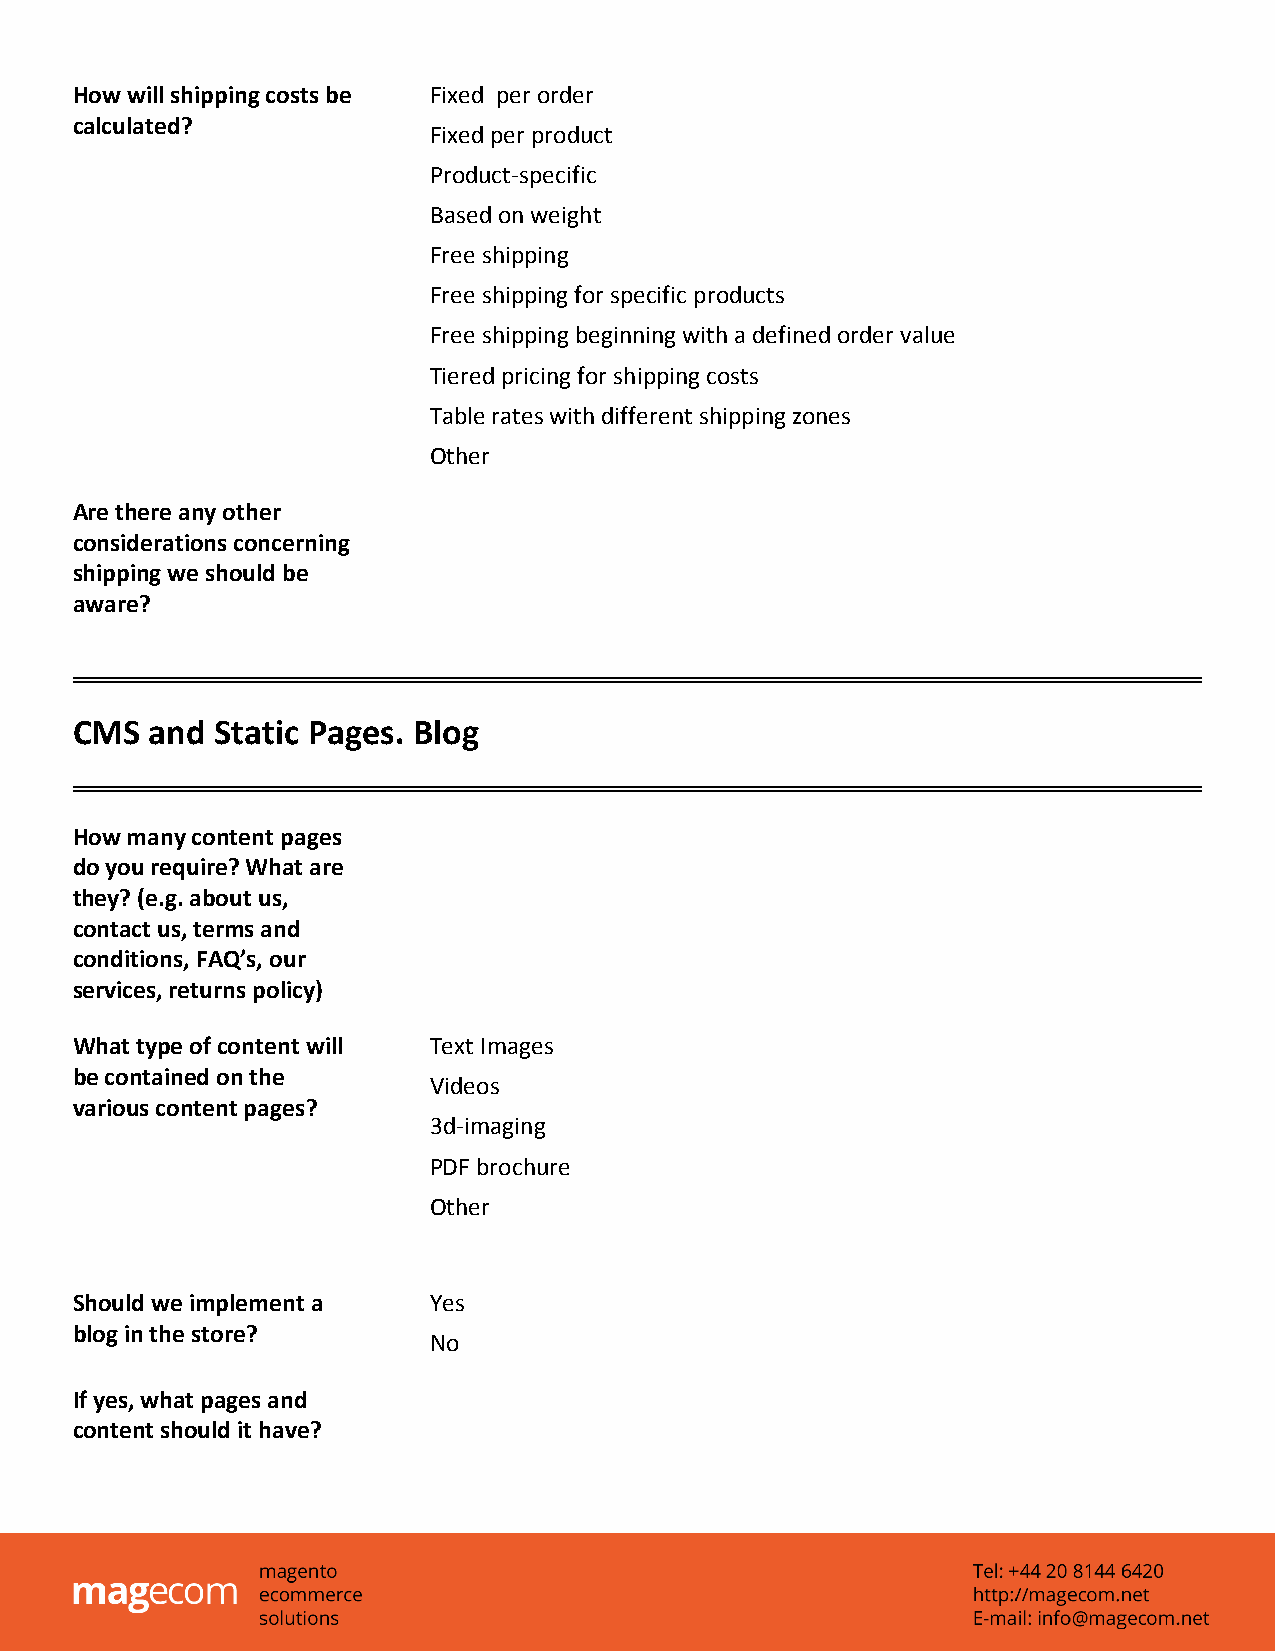
How will shipping costs be Fixed per order
 calculated?
 Fixed per product
 Product-specific
 Based on weight
 Free shipping
 Free shipping for specific products
 Free shipping beginning with a defined order value
 Tiered pricing for shipping costs
 Table rates with different shipping zones
 Other
 Are there any other
 considerations concerning
 shipping we should be
 aware?
 CMS  and Static Pages. Blog
 How many content pages
 do you require? What are
 they? (e.g. about us,
 contact us, terms and
 conditions, FAQ’s, our
 services, returns policy)
 What type of content will Text Images
 be contained on the
 Videos
 various content pages?
 3d-imaging
 PDF brochure
 Other
 Should we implement a  Yes
 blog in the store?
 No
 If yes, what pages and
 content should it have?